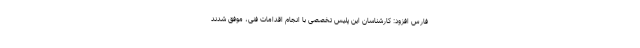
فارس افزود: کارشناسان این پلیس تخصصی با انجام اقدامات فنی، موفق شدند